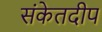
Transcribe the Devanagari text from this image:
संकेतदीप